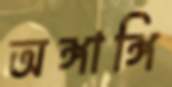
অঙ্গাঙ্গি